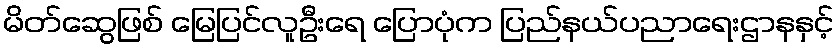
မိတ်ဆွေဖြစ် မြေပြင်လူဦးရေ ပြောပုံက ပြည်နယ်ပညာရေးဌာနနှင့်